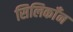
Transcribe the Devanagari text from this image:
सिलिकाँन